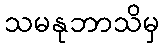
သမနုဘာသိမှ